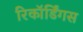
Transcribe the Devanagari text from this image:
रिकॉर्डिंगस